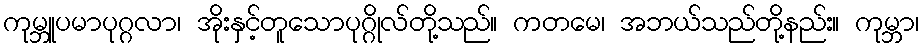
ကုမ္ဘူပမာပုဂ္ဂလာ၊ အိုးနှင့်တူသောပုဂ္ဂိုလ်တို့သည်။ ကတမေ၊ အဘယ်သည်တို့နည်း။ ကုမ္ဘာ၊